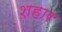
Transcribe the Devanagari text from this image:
शहार